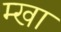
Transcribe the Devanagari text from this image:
म्खा